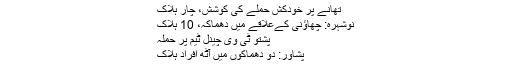
تھانے پر خودکش حملے کی کوشش، چار ہلاک
نوشہرہ: چھاؤنی کےعلاقے میں دھماکہ، 10 ہلاک
پشتو ٹی وی چینل ٹیم پر حملہ
پشاور: دو دھماکوں میں آٹھ افراد ہلاک